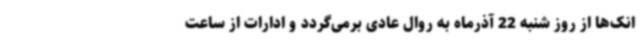
انک‌ها از روز شنبه 22 آذرماه به روال عادی برمی‌گردد و ادارات از ساعت